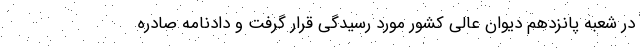
در شعبه پانزدهم دیوان عالی کشور مورد رسیدگی قرار گرفت و دادنامه صادره